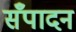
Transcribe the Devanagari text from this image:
सँपादन